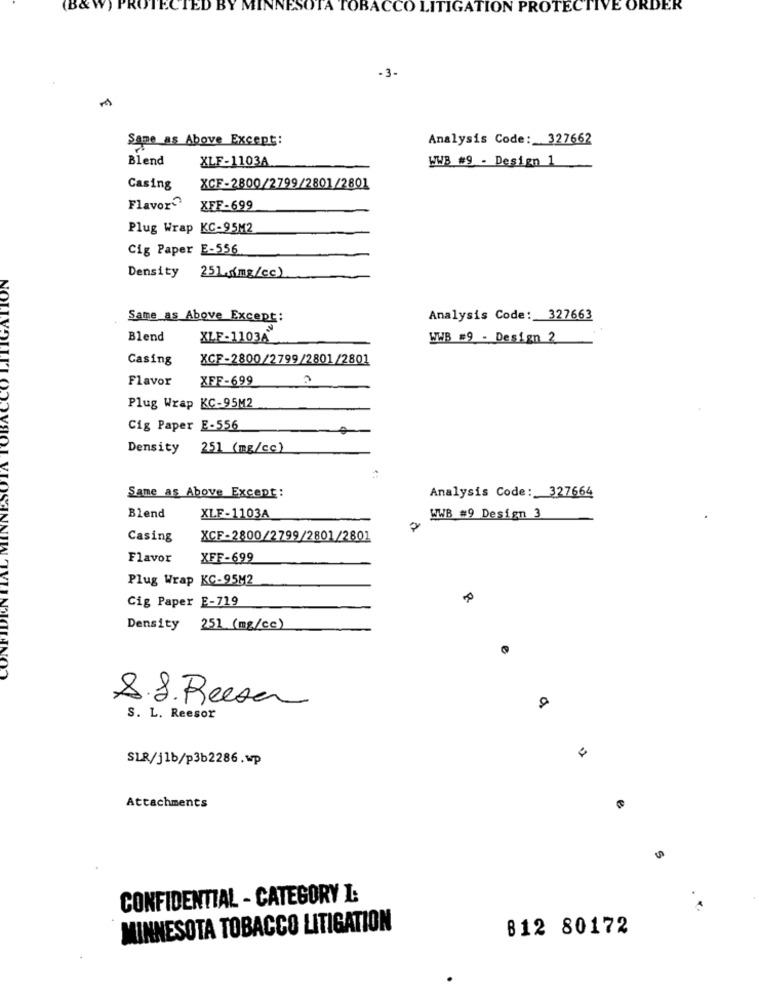
Bo
ROTECTED
OBACCO LITIGATION PROTECTIVE ORDER
-3-
Same as Above Except:
Analysis Code: 327662
Blend
XLF-1103A
WWB #9 - Design 1
Casing
XCF-2800/2799/2801/2801
Flavor?
XFF-699
Plug Wrap KC-95M2
Cig Paper E-556
Density
251.[mg/cc)
IGAT
NO
Same as Above Except:
Analysis Code: 327663
Blend
XLF-1103A
WWB #9 - Design 2
Casing
XCF-2800/2799/2801/2801
Flavor
XFF-699
Plug Wrap KC-95M2
Cig Paper E-556
Density 251 (mg/cc)
Same as Above Except:
Analysis Code: 327664
Blend
XLF-1103A
WWB #9 Design 3
Casing
XCF-2800/2799/2801/2801
Flavor
XFF-699
Plug Wrap KC-95M2
Cig Paper E-719
Density 251 (mg/cc)
e
8.8. Reese
S. L. Reesor
SLR/j1b/p3b2286.wp
Attachments
CONFIDENTIAL - CATEGORY I:
MINNESOTA TOBACCO LITIGATION
812 80172